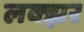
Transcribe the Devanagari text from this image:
लक्झर